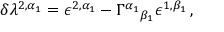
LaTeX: \delta \lambda ^ { 2 , \alpha _ { 1 } } = \epsilon ^ { 2 , \alpha _ { 1 } } - \Gamma ^ { \alpha _ { 1 } } { } _ { \beta _ { 1 } } \epsilon ^ { 1 , \beta _ { 1 } } \, ,